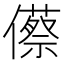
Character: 𠐐